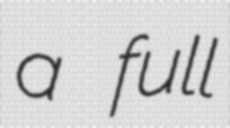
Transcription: a full